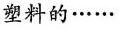
塑料的……